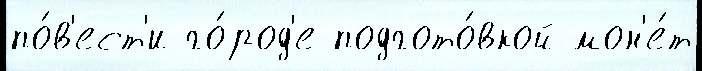
по́в'ест'и го́род'е подгото́вкой мон'е́т